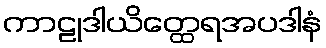
ကာဠုဒါယိတ္ထေရအပဒါနံ